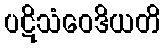
ပဋိသံဝေဒိယတိ